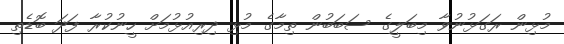
މުޅިން ރަގަޅުނުވާ މިބަލީގެ ސަބަބުން ތިމާގެ މުޅި ދިރިއުޅުމަށް ހީނުކުރާ ފަދަ ބޮޑެތި